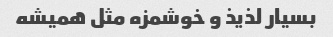
بسیار لذیذ و خوشمزه مثل همیشه